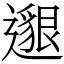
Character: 𨗿